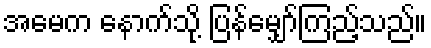
အမေက နောက်သို့ ပြန်မျှော်ကြည့်သည်။